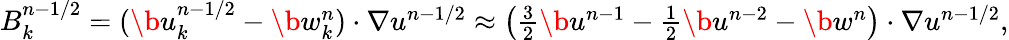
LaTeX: \begin{array}{r}{B_{k}^{n-1/2}=(\b u_{k}^{n-1/2}-\b w_{k}^{n})\cdot\nabla u^{n-1/2}\approx\left(\frac{3}{2}\b u^{n-1}-\frac{1}{2}\b u^{n-2}-\b w^{n}\right)\cdot\nabla u^{n-1/2},}\end{array}